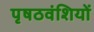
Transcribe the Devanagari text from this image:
पृषठवंशियों